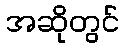
အဆိုတွင်